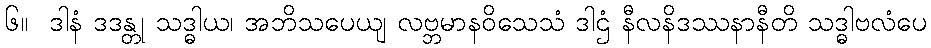
၆။  ဒါနံ ဒဒန္တု သဒ္ဓါယ၊ အဘိသပေယျ လဗ္ဘမာနဝိသေသံ ဒါဌံ နီလနိဒဿနာနီတိ သဒ္ဓါဗလံပေ